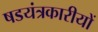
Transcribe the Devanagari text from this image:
षडयंत्रकारीयों